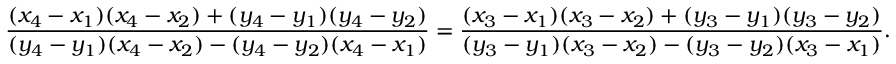
{ \frac { ( x _ { 4 } - x _ { 1 } ) ( x _ { 4 } - x _ { 2 } ) + ( y _ { 4 } - y _ { 1 } ) ( y _ { 4 } - y _ { 2 } ) } { ( y _ { 4 } - y _ { 1 } ) ( x _ { 4 } - x _ { 2 } ) - ( y _ { 4 } - y _ { 2 } ) ( x _ { 4 } - x _ { 1 } ) } } = { \frac { ( x _ { 3 } - x _ { 1 } ) ( x _ { 3 } - x _ { 2 } ) + ( y _ { 3 } - y _ { 1 } ) ( y _ { 3 } - y _ { 2 } ) } { ( y _ { 3 } - y _ { 1 } ) ( x _ { 3 } - x _ { 2 } ) - ( y _ { 3 } - y _ { 2 } ) ( x _ { 3 } - x _ { 1 } ) } } .